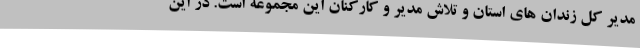
مدیر کل زندان های استان و تلاش مدیر و کارکنان این مجموعه است. در این